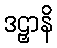
ဒဠှာနိ